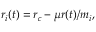
r _ { i } ( t ) = r _ { c } - \mu r ( t ) / m _ { i } ,